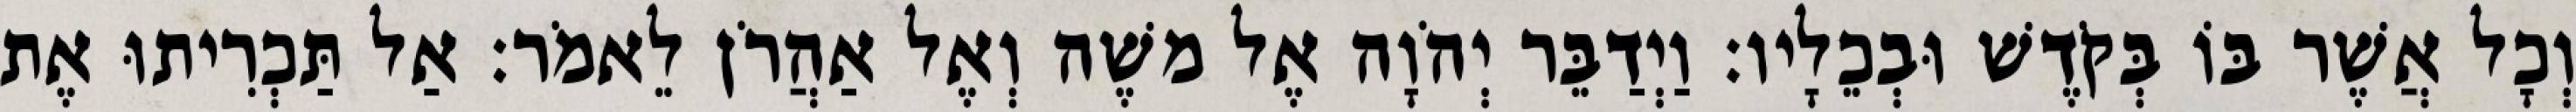
וְכָל אֲשֶׁר בּוֹ בְּקֹדֶשׁ וּבְכֵלָיו׃ וַיְדַבֵּר יְהֹוָה אֶל משֶׁה וְאֶל אַהֲרֹן לֵאמֹר׃ אַל תַּכְרִיתוּ אֶת